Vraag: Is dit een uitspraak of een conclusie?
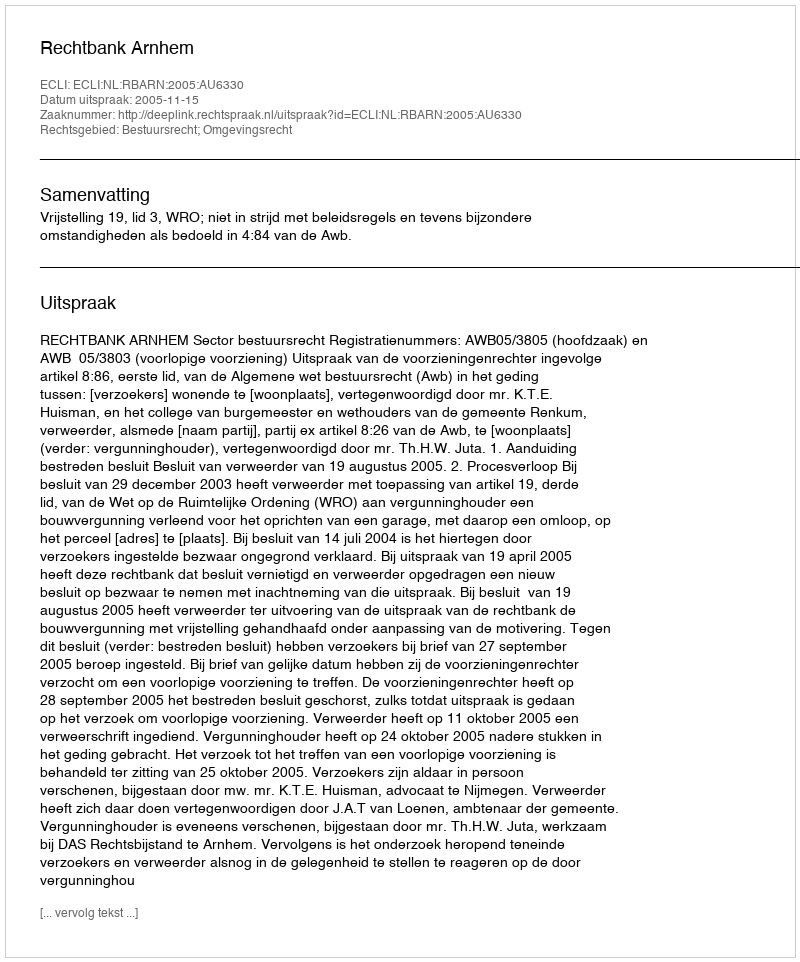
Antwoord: Uitspraak